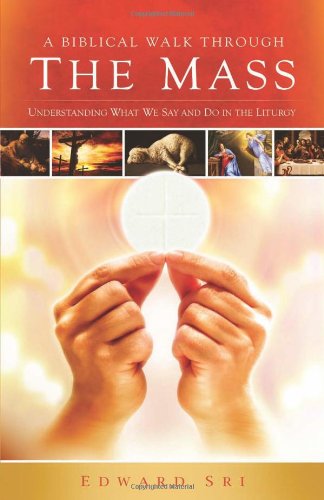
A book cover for A Biblical Walk Through the Mass (Book): Understanding What We Say and Do In The Liturgy; Edward Sri; Christian Books & Bibles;